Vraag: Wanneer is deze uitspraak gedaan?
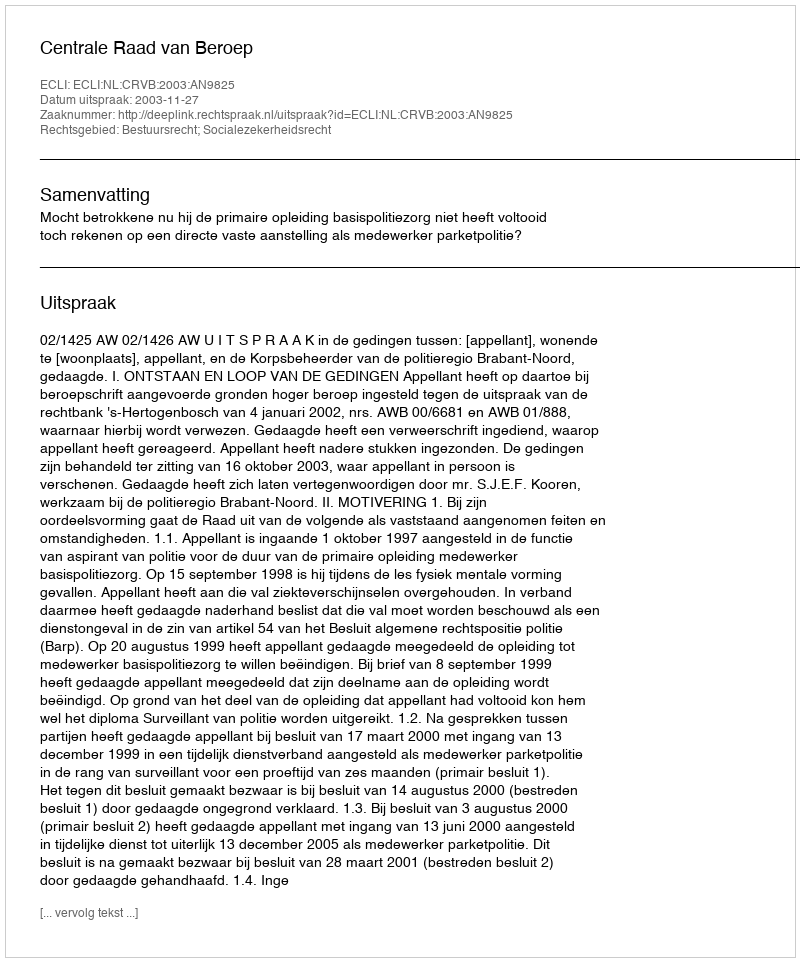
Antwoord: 2003-11-27